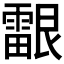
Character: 𬰉